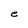
Character: e